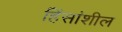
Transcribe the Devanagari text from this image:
हिंसांशील